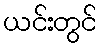
ယင်းတွင်